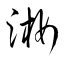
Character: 淅